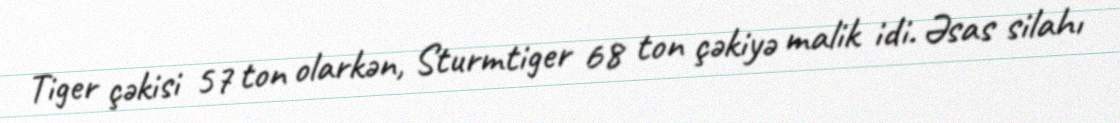
Tiger çəkisi 57 ton olarkən, Sturmtiger 68 ton çəkiyə malik idi. Əsas silahı